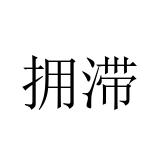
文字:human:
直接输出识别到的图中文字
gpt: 拥滞